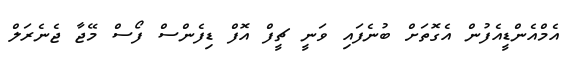
އެމްއެންޑީއެފުން އެގޮތަށް ބުނެފައި ވަނީ ޗީފް އޮފް ޑިފެންސް ފޯސް މޭޖާ ޖެނެރަލް